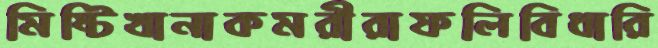
মিষ্টিখানাকমরীরাফলিবিধারি